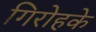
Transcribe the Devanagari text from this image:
गिरोहके